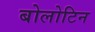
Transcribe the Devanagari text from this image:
बोलोटिन